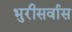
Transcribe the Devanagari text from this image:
भुरीसर्वास